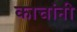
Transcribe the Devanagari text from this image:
काचांनी